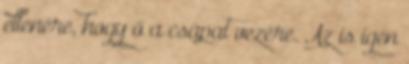
ellenére, hogy ő a csapat vezére. Az is igen